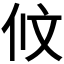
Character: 𠇥